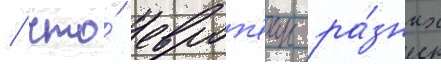
/ что́ европ'еицы ра́зных